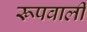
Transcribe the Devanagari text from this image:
रूपवाली